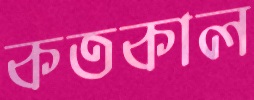
কতকাল